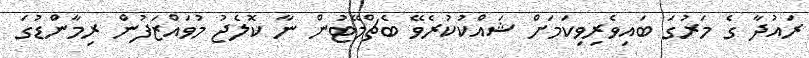
ރައުދާ ގެ މަރުގަ ބައިވެރިވިކަމަށް ޝައްކުކުރެވޭ ބެޗްމޭޓުން ނާ ކޮލެޖު މުވައްޒަފުން ރިމާންޑުގަ